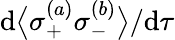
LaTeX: \mathrm{d}\big\langle\sigma_{+}^{(a)}\sigma_{-}^{(b)}\big\rangle/\mathrm{d}\tau